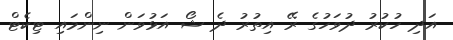
އަދި ހުކުރު ދުވަހުގެ ރޭ އިތުރު ދެ ޝޯ އަޅުވަން ނިންމައި ޓިކެޓް